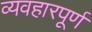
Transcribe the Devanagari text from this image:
व्यवहारपूर्ण